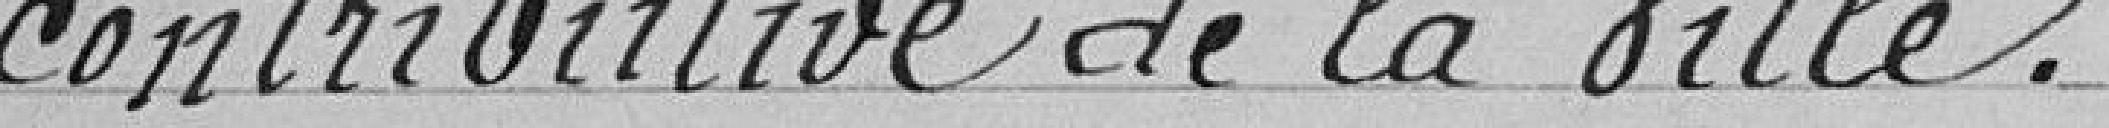
contributive de la ville.